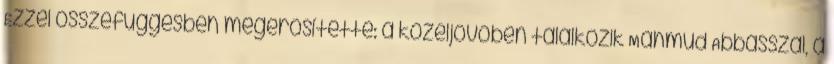
Ezzel összefüggésben megerősítette: a közeljövőben találkozik Mahmúd Abbásszal, a